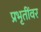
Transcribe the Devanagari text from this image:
प्रभृतींवर